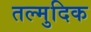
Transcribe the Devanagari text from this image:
तल्मुदिक